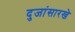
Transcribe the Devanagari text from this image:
दुजांसारखे